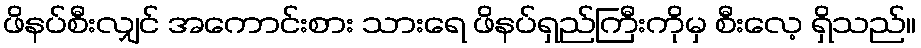
ဖိနပ်စီးလျှင် အကောင်းစား သားရေ ဖိနပ်ရှည်ကြီးကိုမှ စီးလေ့ ရှိသည်။